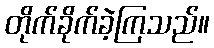
တိုက်ခိုက်ခဲ့ကြသည်။